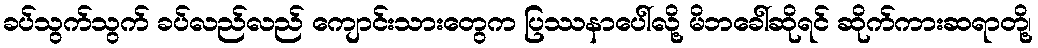
ခပ်သွက်သွက် ခပ်လည်လည် ကျောင်းသားတွေက ပြဿနာပေါ်လို့ မိဘခေါ်ဆိုရင် ဆိုက်ကားဆရာတို့၊